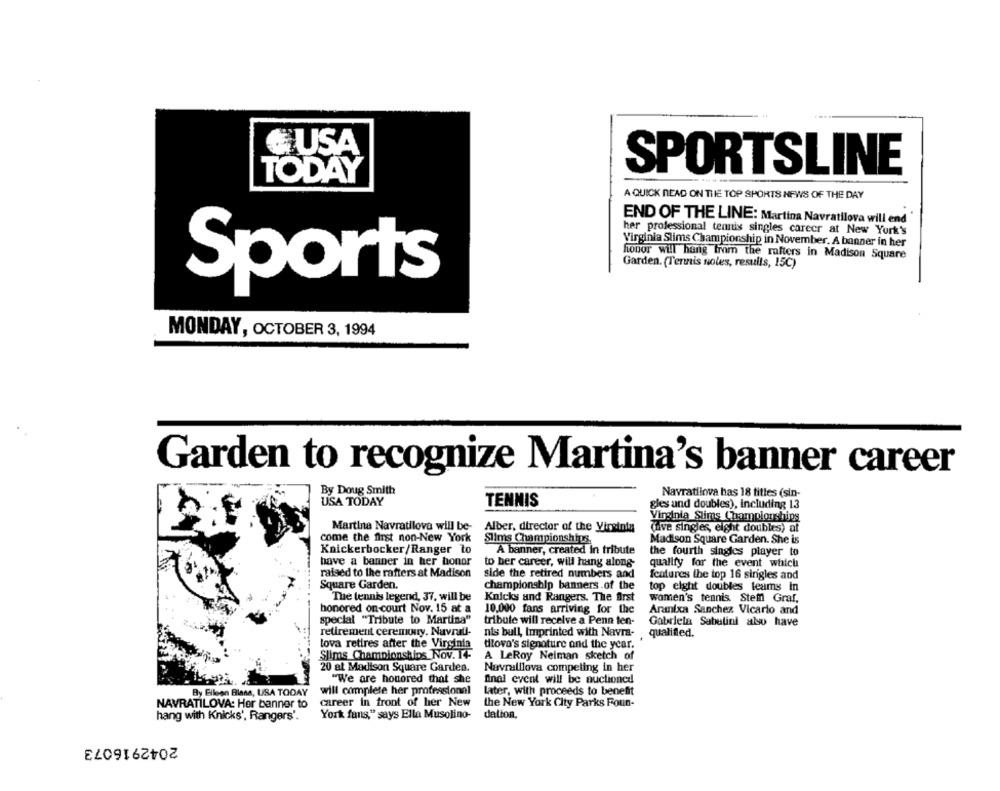
# USA
SPORTSLINE
TODAY
A QUICK READ ON THE TOP SPORTS NEWS OF THE DAY
END OF THE LINE: Martina Navratilova will end
her professional tennis singles career at New York's
Virginia Slims Championship in November. A banner in her
honor will hang from the rafters in Madison Square
Garden. (Tennis noles, results, 15C)
Sports
MONDAY, OCTOBER 3, 1994
Garden to recognize Martina's banner career
By Doug Smith
Navratilova has 18 titles (sin-
USA TODAY
TENNIS
gles und doubles), Including 13
Vinstnią Stins Championships
Martina Navratilova will be-
Alber, director of the Virginia
(nve singles, eight doubles) at
come the first non-New York
Slims Championships
Madison Square Garden. She is
Knickerbocker/Ranger to
A banner, created In tribute
the fourth singles player to
have a banner in her honor
to ber career, will hang along-
qualify for the event which
raised to the rafters at Madison
side the retired numbers and
features the top 16 singles and
Square Garden.
championship banners.of the
top eight doubles teams In
The tennis legend, 37, will be
Knicks and Rangers. The first
women's tennis. Steffi Graf,
honored on court Nov. 15 at a
10,000 fans arriving for the
Arantxa Sanchez Vicario and
special "Tribute to Martina"
tribute will receive a Penn ten-
Gabriela Sabatini also have
retirement ceremony. Navrall-
nis bull, Imprinted with Navra-
qualified.
lova retires after the Virginia
dilova's signature and the year.
Slims Championships_Nov. 14-
A LeRoy Neiman sketch of
20 at Madison Square Garden.
Navralllova competing in her
"We are honored that she
final event will be auctioned
By Fileen Bland, USA TODAY
will complete her professional
Later, with proceeds to benefit
NAVRATILOVA: Her banner to
career in front of her New
the New York City Parks Foun-
hang with Knicks', Rangers'
York fans," says Ella Musolino-
dation.
2042916073